Indian journal of veterinary science and animal husbandry - Volume 7,
Year: 1937
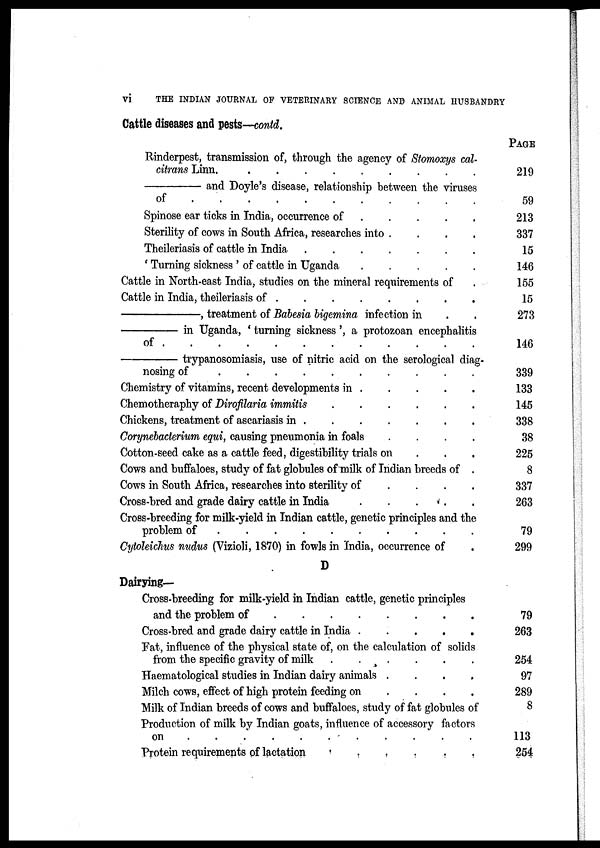
vi
THE INDIAN JOURNAL OF VETERINARY SCIENCE AND ANIMAL HUSBANDRY
Cattle diseases and pests—contd.
Rinderpest, transmission of, through the agency of Stomoxys cal-
citrans Linn.
.
.
.
.
.
.
.
.
.
———— and Doyle's disease, relationship between the viruses
of . . . . . . . . . . .
Spinose ear ticks in India, occurrence of
.
.
.
.
.
Sterility of cows in South Africa, researches into . . . .
Theileriasis of cattle in India
.
.
.
.
.
.
.
' Turning sickness ' of cattle in Uganda
.
.
.
.
.
Cattle in North-east India, studies on the mineral requirements of .
Cattle in India, theileriasis of
.
.
.
.
.
.
.
.
——————, treatment of Babesia bigemina infection in
————— in Uganda, ' turning sickness ', a protozoan encephalitis
of
.
.
.
.
.
.
.
.
.
.
.
.
—————trypanosomiasis, use of nitric acid on the serological diag-
nosing of
.
.
.
.
.
.
.
.
.
.
Chemistry of vitamins, recent developments in
.
.
.
.
.
Chemotheraphy of Dirofilaria immitis
.
.
.
.
.
.
Chickens, treatment of ascariasis in
.
.
.
.
.
.
.
Corynebacterium equi, causing pneumonia in foals . . . .
Cotton-seed cake as a cattle feed, digestibility trials on . . .
Cows and buffaloes, study of fat globules of milk of Indian breeds of .
Cows in South Africa, researches into sterility of . . . .
Cross-bred and grade dairy cattle in India
.
.
.
.
.
Cross-breeding for milk-yield in Indian cattle, genetic principles and the
problem of . . . . . . . . . . .
Cytoleichus nudus (Vizioli, 1870) in fowls in India, occurrence of .
D
Dairying-
Cross-breeding for milk-yield in Indian cattle, genetic principles
and the problem of . . . . . . . .
Cross-bred and grade dairy cattle in India
.
.
.
.
.
Fat, influence of the physical state of, on the calculation of solids
from the specific gravity of milk
.
.
.
.
.
.
Haematological studies in Indian dairy animals . . . .
Milch cows, effect of high protein feeding on . . . .
Milk of Indian breeds of cows and buffaloes, study of fat globules of
Production of milk by Indian goats, influence of accessory factors
on
.
.
.
.
.
.
.
.
.
.
.
Protein requirements of lactation
.
.
.
.
.
.
PAGE
219
59
213
337
15
146
155
15
273
146
339
133
145
338
38
225
8
337
263
79
299
79
263
254
97
289
8
113
254